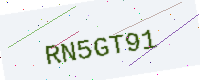
Text: RN5GT91